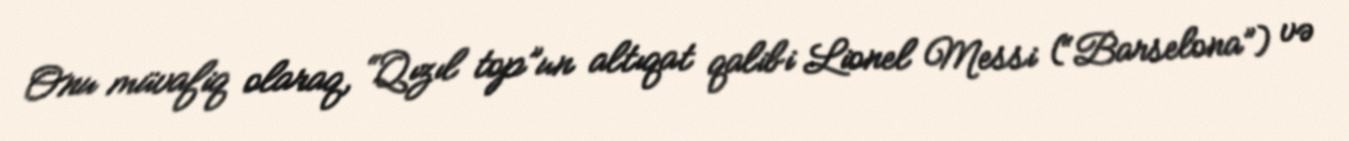
Onu müvafiq olaraq, “Qızıl top”un altıqat qalibi Lionel Messi (“Barselona”) və